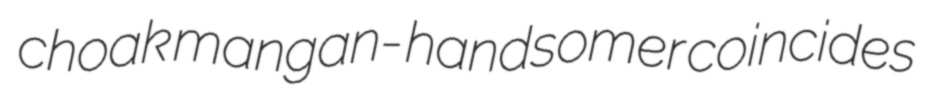
choak mangan- handsomer coincides